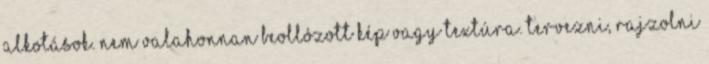
alkotások. Nem valahonnan beollózott kép vagy textúra. Tervezni, rajzolni